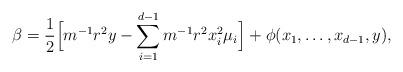
LaTeX: \begin{align*}\beta=\frac{1}{2}\Big[ m^{-1}r^2y- \sum_{i=1}^{d-1}m^{-1}r^2x_i^2\mu_i \Big]+\phi(x_1,\dots ,x_{d-1},y),\end{align*}